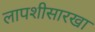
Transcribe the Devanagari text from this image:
लापशीसारखा